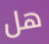
هل